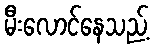
မီးလောင်နေသည့်